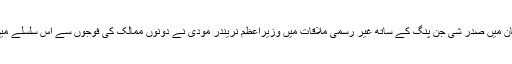
اخبار نے واضح کیا ہے کہ ووہان میں صدر شی جن پنگ کے ساتھ غیر رسمی ملاقات میں وزیراعظم نریندر مودی نے دونوں ممالک کی فوجوں سے اس سلسلے میں تعاون کرنے کےلئے کہا تھا۔